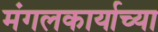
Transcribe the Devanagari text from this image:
मंगलकार्याच्या